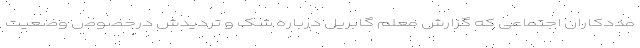
مددکاران اجتماعی که گزارش معلم گابریل درباره شک و تردیدش درخصوص وضعیت